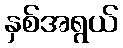
နှစ်အရွယ်